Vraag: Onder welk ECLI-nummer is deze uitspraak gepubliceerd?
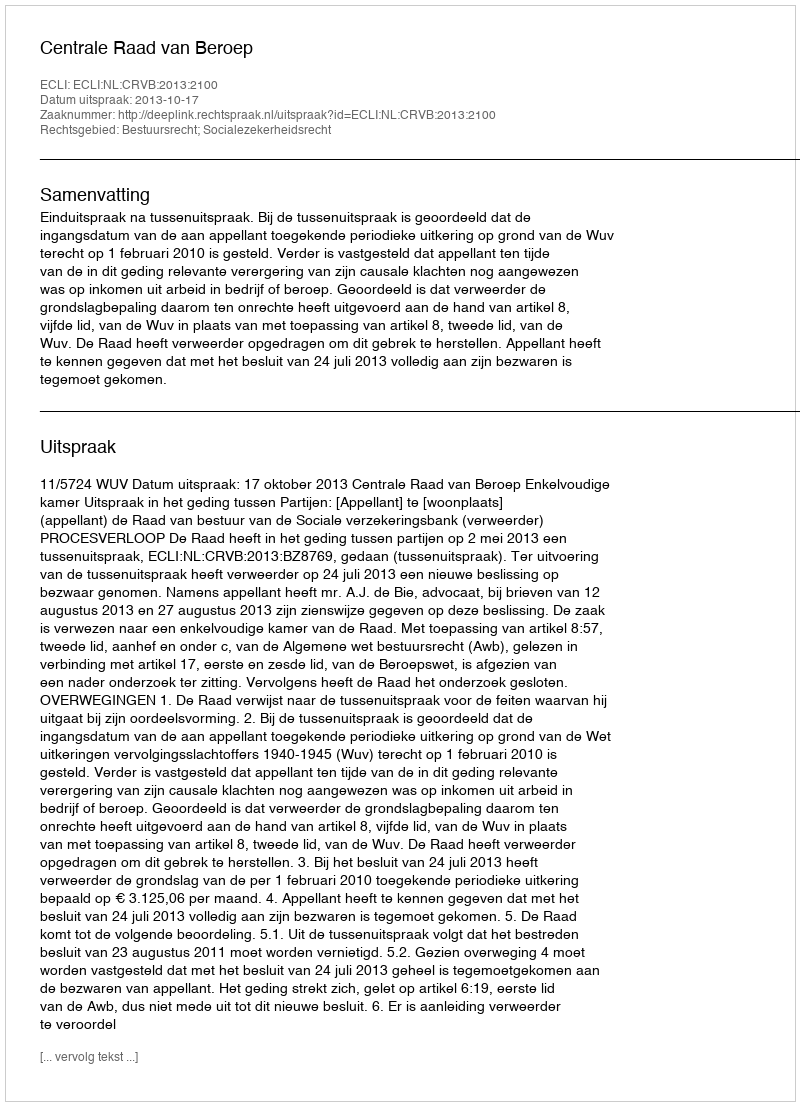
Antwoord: ECLI:NL:CRVB:2013:2100